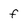
Character: f